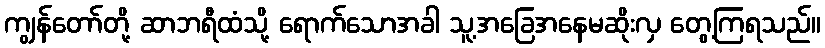
ကျွန်တော်တို့ ဆာဘရီထံသို့ ရောက်သောအခါ သူ့အခြေအနေမဆိုးလှ တွေ့ကြရသည်။